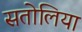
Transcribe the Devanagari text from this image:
सतोलिया